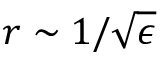
r \sim { 1 } / { \sqrt { \epsilon } }